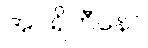
အပရိဟီနော